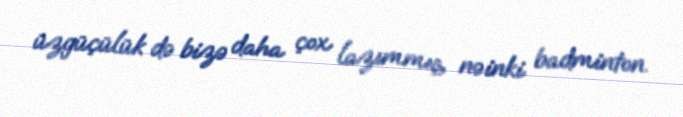
üzgüçülük də bizə daha çox lazımmış, nəinki badminton.